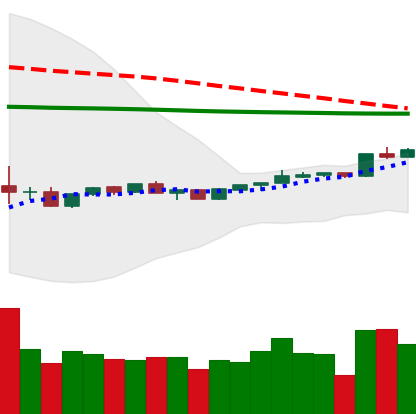
Ticker: ADA-USD
Chart end date: 2020-04-08
Forward return: -8.831%
Label: down_7plus